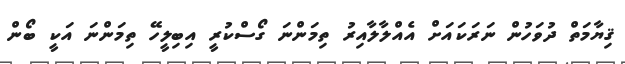
ޤިޔާމަތް ދުވަހުން ނަރަކައަށް އެއްލާލާއިރު ތިމަންނަ ގޯސްކުރީ އިބިލީހޭ ތިމަންނަ އަކީ ބޯން